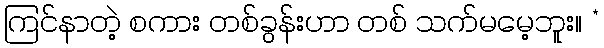
ကြင်နာတဲ့ စကား တစ်ခွန်းဟာ တစ် သက်မမေ့ဘူး။ *